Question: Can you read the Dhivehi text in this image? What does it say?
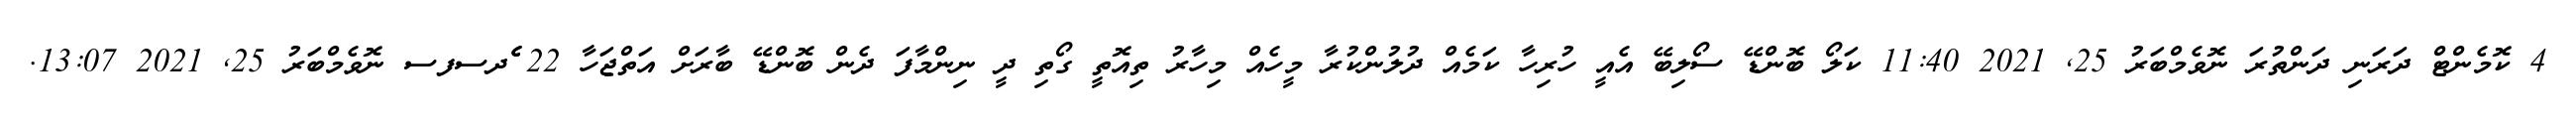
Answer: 4 ކޮމެންޓް ދަރަނި ދަންތުރަ ނޮވެމްބަރު 25, 2021 11:40 ކަލޯ ބޮންޑޭ ސޯލިބޭ އެއީ ހުރިހާ ކަމެއް ދުލުންކުރާ މީހެއް މިހާރު ތިއޮތީ ގޯތި ދީ ނިންމާފަ ދެން ބޮންޑޭ ބާރަށް އަތްޖަހާ 22 ެެދސފސ ނޮވެމްބަރު 25, 2021 13:07.